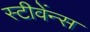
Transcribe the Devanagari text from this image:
स्टीवेंन्स